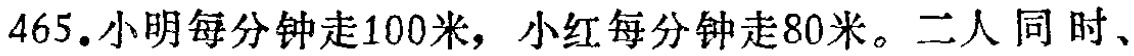
465.小明每分钟走100米，小红每分钟走80米。二人同时、